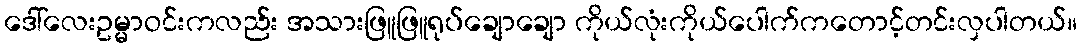
ဒေါ်လေးဥမ္မာဝင်းကလည်း အသားဖြူဖြူရုပ်ချောချော ကိုယ်လုံးကိုယ်ပေါက်ကတောင့်တင်းလှပါတယ်။